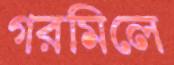
গরমিলে